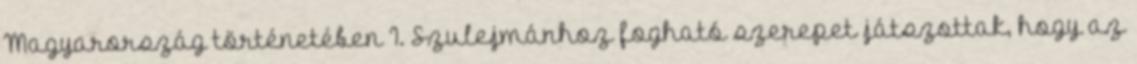
Magyarország történetében I. Szulejmánhoz fogható szerepet játszottak, hogy az